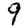
Digit: 9